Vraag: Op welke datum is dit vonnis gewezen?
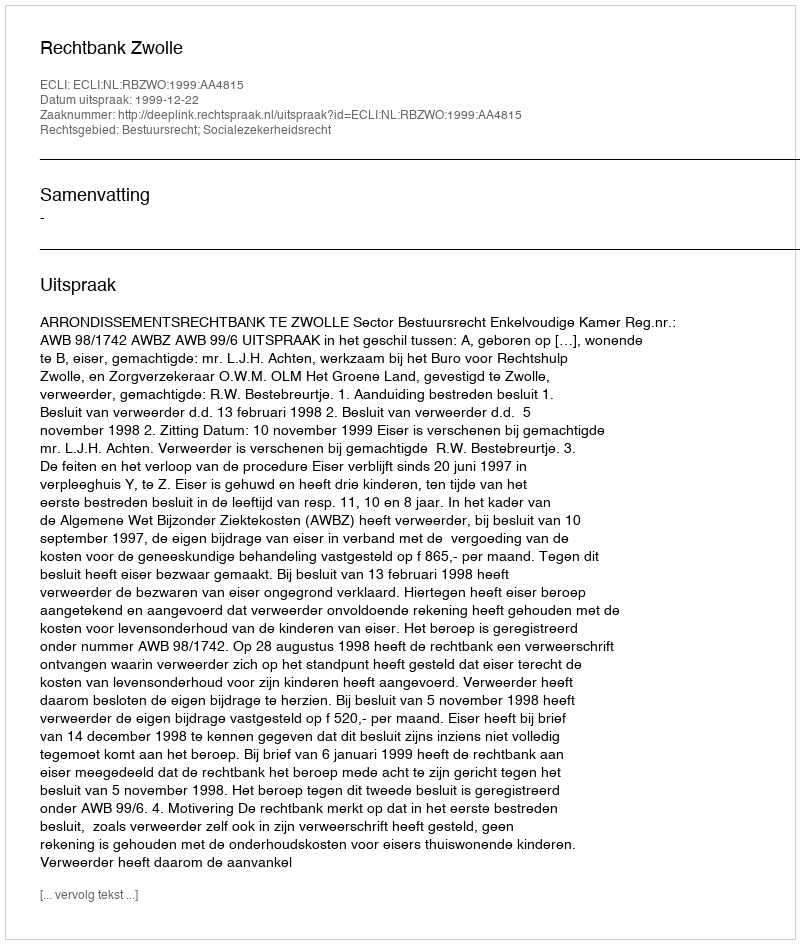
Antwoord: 1999-12-22